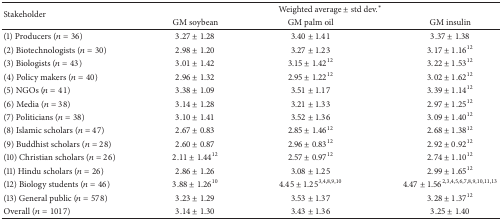
<table><thead><tr><td rowspan="2"><b>Stakeholder</b></td><td colspan="3"><b>Weighted average ± std dev.*</b></td></tr><tr><td><b>GM soybean</b></td><td><b>GM palm oil</b></td><td><b>GM insulin</b></td></tr></thead><tbody><tr><td>(1) Producers (<i>n</i> = 36)</td><td>3.27 ± 1.28</td><td>3.40 ± 1.41</td><td>3.37 ± 1.38</td></tr><tr><td>(2) Biotechnologists (<i>n</i> = 30)</td><td>2.98 ± 1.20</td><td>3.27 ± 1.23</td><td>3.17 ± 1.16<sup>12</sup></td></tr><tr><td>(3) Biologists (<i>n</i> = 43)</td><td>3.01 ± 1.42</td><td>3.15 ± 1.42<sup>12</sup></td><td>3.22 ± 1.53<sup>12</sup></td></tr><tr><td>(4) Policy makers (<i>n</i> = 40)</td><td>2.96 ± 1.32</td><td>2.95 ± 1.22<sup>12</sup></td><td>3.02 ± 1.62<sup>12</sup></td></tr><tr><td>(5) NGOs (<i>n</i> = 41)</td><td>3.38 ± 1.09</td><td>3.51 ± 1.17</td><td>3.39 ± 1.14<sup>12</sup></td></tr><tr><td>(6) Media (<i>n</i> = 38)</td><td>3.14 ± 1.28</td><td>3.21 ± 1.33</td><td>2.97 ± 1.25<sup>12</sup></td></tr><tr><td>(7) Politicians (<i>n</i> = 38)</td><td>3.10 ± 1.41</td><td>3.52 ± 1.36</td><td>3.09 ± 1.40<sup>12</sup></td></tr><tr><td>(8) Islamic scholars (<i>n</i> = 47)</td><td>2.67 ± 0.83</td><td>2.85 ± 1.46<sup>12</sup></td><td>2.68 ± 1.38<sup>12</sup></td></tr><tr><td>(9) Buddhist scholars (<i>n</i> = 28)</td><td>2.60 ± 0.87</td><td>2.96 ± 0.83<sup>12</sup></td><td>2.92 ± 0.92<sup>12</sup></td></tr><tr><td>(10) Christian scholars (<i>n</i> = 26)</td><td>2.11 ± 1.44<sup>12</sup></td><td>2.57 ± 0.97<sup>12</sup></td><td>2.74 ± 1.10<sup>12</sup></td></tr><tr><td>(11) Hindu scholars (<i>n</i> = 26)</td><td>2.86 ± 1.26</td><td>3.08 ± 1.25</td><td>2.99 ± 1.65<sup>12</sup></td></tr><tr><td>(12) Biology students (<i>n</i> = 46)</td><td>3.88 ± 1.26<sup>10</sup></td><td>4.45 ± 1.25<sup>3,4,8,9,10</sup></td><td>4.47 ± 1.56<sup>2,3,4,5,6,7,8,9,10,11,13</sup></td></tr><tr><td>(13) General public (<i>n</i> = 578)</td><td>3.23 ± 1.29</td><td>3.53 ± 1.37</td><td>3.28 ± 1.37<sup>12</sup></td></tr><tr><td>Overall (<i>n</i> = 1017)</td><td>3.14 ± 1.30</td><td>3.43 ± 1.36</td><td>3.25 ± 1.40</td></tr></tbody></table>